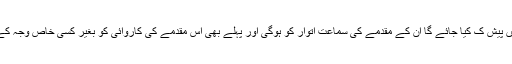
نبیل رجب کو اتوار کو عدالت میں پیش ک کیا جائے گا ان کے مقدمے کی سماعت اتوار کو ہوگی اور پہلے بھی اس مقدمے کی کاروائی کو بغیر کسی خاص وجہ کے تین بار ملتوی کیا جا چکا ہے۔